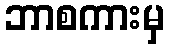
ဘာစကားမှ